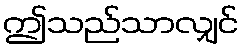
ဤသည်သာလျှင်